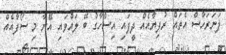
ފަނަރަހާސް އެތައް ރުފިޔާއެއް ދީފައި އިސްހާގު ބޭ ލައްވައި އޭނާ މި ސޯފާއެއް